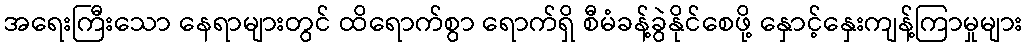
အရေးကြီးသော နေရာများတွင် ထိရောက်စွာ ရောက်ရှိ စီမံခန့်ခွဲနိုင်စေဖို့ နှောင့်နှေးကျန့်ကြာမှုများ